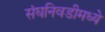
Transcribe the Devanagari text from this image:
संघनिवडीमध्ये